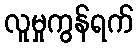
လူမှုကွန်ရက်